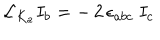
LaTeX: { \cal L } _ { K _ { a } } I _ { b } = - \, 2 \, \epsilon _ { a b c } \ I _ { c }